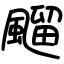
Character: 飀